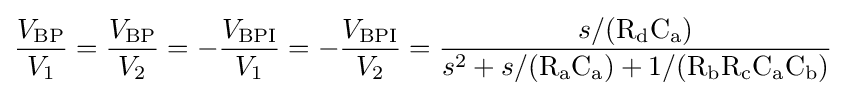
{\frac {V_{\mathrm {BP} }}{V_{\mathrm {1} }}}={\frac {V_{\mathrm {BP} }}{V_{\mathrm {2} }}}=-{\frac {V_{\mathrm {BPI} }}{V_{\mathrm {1} }}}=-{\frac {V_{\mathrm {BPI} }}{V_{\mathrm {2} }}}={\frac {s/({\mathrm {R_{d}} \mathrm {C_{a}} })}{s^{2}+s/({\mathrm {R_{a}} \mathrm {C_{a}} })+1/({\mathrm {R_{b}} \mathrm {R_{c}} \mathrm {C_{a}} \mathrm {C_{b}} })}}